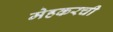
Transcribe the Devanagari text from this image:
मेहकरची